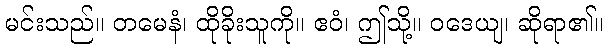
မင်းသည်။ တမေနံ၊ ထိုခိုးသူကို။ ဧဝံ၊ ဤသို့။ ဝဒေယျ၊ ဆိုရာ၏။